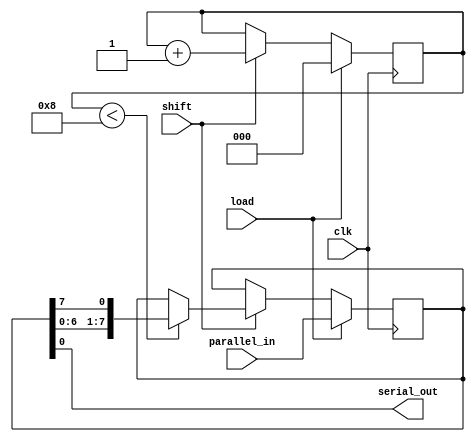
module parallel_in_serial_out (
  input clk,
  input load,
  input shift,
  input [7:0] parallel_in,
  output serial_out
);

reg [7:0] data_reg;
reg [2:0] counter;

always @(posedge clk) begin
  if (load) begin
    data_reg <= parallel_in;
    counter <= 0;
  end else if (shift) begin
    counter <= counter + 1;
    if (counter < 8) begin
      data_reg <= {data_reg[6:0], data_reg[7]};
    end
  end
end

assign serial_out = data_reg[0];

endmodule